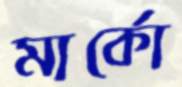
মার্কো